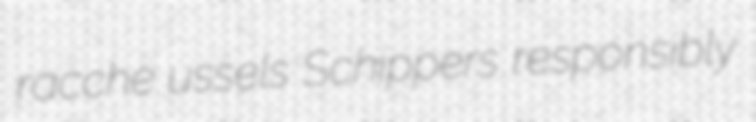
racche ussels Schippers responsibly